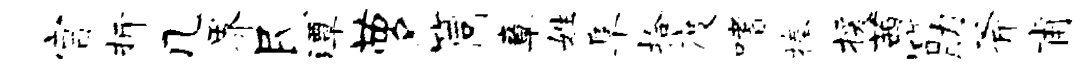
宫折几界民潭萝筒章姓阜拾度嗜捧援茜筋斧甫